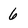
Character: 6